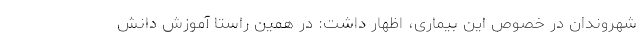
شهروندان در خصوص این بیماری، اظهار داشت: در همین راستا آموزش دانش